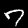
Digit: 7